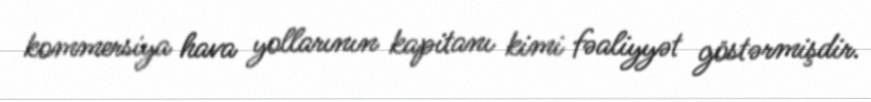
kommersiya hava yollarının kapitanı kimi fəaliyyət göstərmişdir.